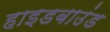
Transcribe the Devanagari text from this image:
हाइडबाउंड